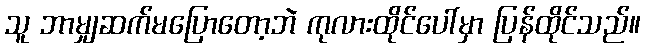
သူ ဘာမျှဆက်မပြောတော့ဘဲ ကုလားထိုင်ပေါ်မှာ ပြန်ထိုင်သည်။